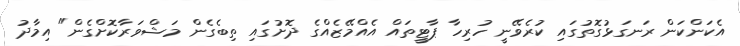
އެކަންކަން ރަނގަޅުގޮތުގައި ކުރެވޭނީ ހުރިހާ ޕާޓީތައް އެއްމޭޒެއްގެ ދޮށުގައި ތިބެގެން މަޝްވަރާކޮށްގެން" އިމާދު